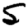
Digit: 5